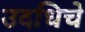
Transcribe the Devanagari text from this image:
उदधिचे